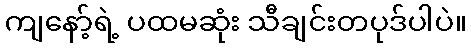
ကျနော့်ရဲ့ ပထမဆုံး သီချင်းတပုဒ်ပါပဲ။